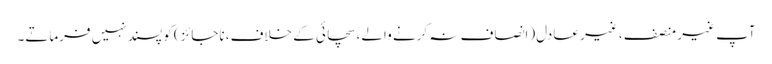
آپ غیر منصف ، غیر عادل(انصاف نہ کرنے والے ،سچائی کے خلاف، ناجائز) کو پسند نہیں فرماتے۔